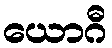
ယောဂီ